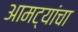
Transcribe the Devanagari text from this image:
आमट्यांचा